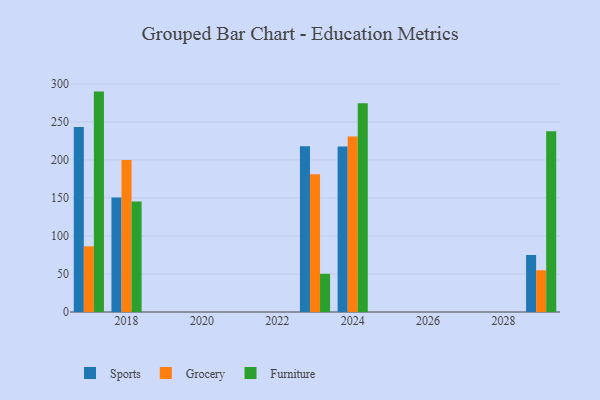
{"axis": {"x": "Year", "y": "Inventory Turnover"}, "legend": ["Furniture", "Grocery", "Sports"], "data": [{"x": "2017", "y": 243.4, "type": "Sports"}, {"x": "2017", "y": 86.4, "type": "Grocery"}, {"x": "2017", "y": 289.9, "type": "Furniture"}, {"x": "2023", "y": 218.1, "type": "Sports"}, {"x": "2023", "y": 181.2, "type": "Grocery"}, {"x": "2023", "y": 50.2, "type": "Furniture"}, {"x": "2018", "y": 150.5, "type": "Sports"}, {"x": "2018", "y": 199.9, "type": "Grocery"}, {"x": "2018", "y": 145.4, "type": "Furniture"}, {"x": "2024", "y": 217.6, "type": "Sports"}, {"x": "2024", "y": 230.8, "type": "Grocery"}, {"x": "2024", "y": 274.5, "type": "Furniture"}, {"x": "2029", "y": 75.0, "type": "Sports"}, {"x": "2029", "y": 54.9, "type": "Grocery"}, {"x": "2029", "y": 237.8, "type": "Furniture"}]}